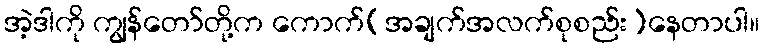
အဲ့ဒါကို ကျွန်တော်တို့က ကောက်(အချက်အလက်စုစည်း)နေတာပါ။